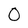
Character: 0